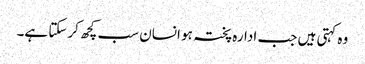
وہ کہتی ہیں جب ادارہ پختہ ہو انسان سب کچھ کرسکتا ہے۔